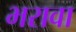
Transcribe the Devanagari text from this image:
भरावा